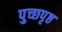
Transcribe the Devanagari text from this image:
पुच्छपृष्ठ